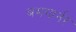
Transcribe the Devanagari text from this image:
बमगार्नर